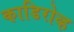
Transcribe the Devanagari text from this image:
काडिरोव्ह